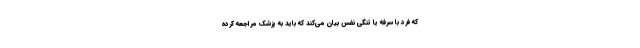
که فرد با سرفه یا تنگی نفس بیان می‌کند که باید به پزشک مراجعه کرده